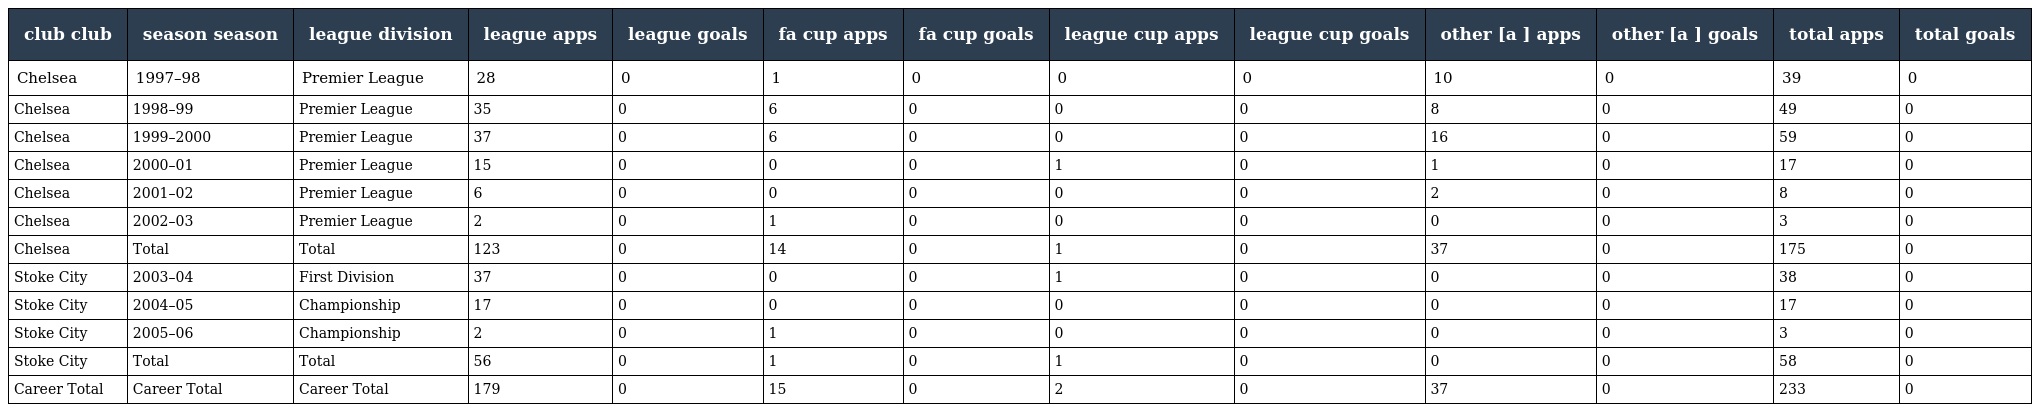
| club club | season season | league division | league apps | league goals | fa cup apps | fa cup goals | league cup apps | league cup goals | other [a ] apps | other [a ] goals | total apps | total goals |
 | --- | --- | --- | --- | --- | --- | --- | --- | --- | --- | --- | --- | --- |
 | Chelsea | 1997–98 | Premier League | 28 | 0 | 1 | 0 | 0 | 0 | 10 | 0 | 39 | 0 |
 | Chelsea | 1998–99 | Premier League | 35 | 0 | 6 | 0 | 0 | 0 | 8 | 0 | 49 | 0 |
 | Chelsea | 1999–2000 | Premier League | 37 | 0 | 6 | 0 | 0 | 0 | 16 | 0 | 59 | 0 |
 | Chelsea | 2000–01 | Premier League | 15 | 0 | 0 | 0 | 1 | 0 | 1 | 0 | 17 | 0 |
 | Chelsea | 2001–02 | Premier League | 6 | 0 | 0 | 0 | 0 | 0 | 2 | 0 | 8 | 0 |
 | Chelsea | 2002–03 | Premier League | 2 | 0 | 1 | 0 | 0 | 0 | 0 | 0 | 3 | 0 |
 | Chelsea | Total | Total | 123 | 0 | 14 | 0 | 1 | 0 | 37 | 0 | 175 | 0 |
 | Stoke City | 2003–04 | First Division | 37 | 0 | 0 | 0 | 1 | 0 | 0 | 0 | 38 | 0 |
 | Stoke City | 2004–05 | Championship | 17 | 0 | 0 | 0 | 0 | 0 | 0 | 0 | 17 | 0 |
 | Stoke City | 2005–06 | Championship | 2 | 0 | 1 | 0 | 0 | 0 | 0 | 0 | 3 | 0 |
 | Stoke City | Total | Total | 56 | 0 | 1 | 0 | 1 | 0 | 0 | 0 | 58 | 0 |
 | Career Total | Career Total | Career Total | 179 | 0 | 15 | 0 | 2 | 0 | 37 | 0 | 233 | 0 |